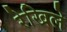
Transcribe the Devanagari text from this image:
रेखिले